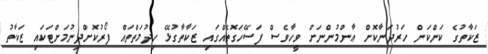
ޒަކާތުގެ ކަންކަން ހަރުދަނާކޮށް ޢާންމުންނަށް ވީހާވެސް ފަސޭހަގޮތެއްގައި ޒަކާތާގުޅޭ ހިދުމަތްތައް ފޯރުކޮށްދިނުމަށްޓަކައި ޒަކާތު